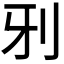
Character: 𠚾